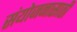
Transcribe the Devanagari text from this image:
संयोजनासाठी